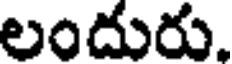
లందురు.